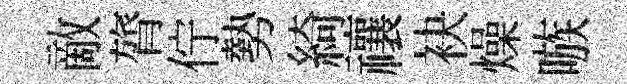
敵膂佇勢綺禳袂燥嗾